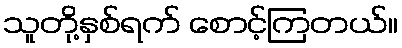
သူတို့နှစ်ရက် စောင့်ကြတယ်။